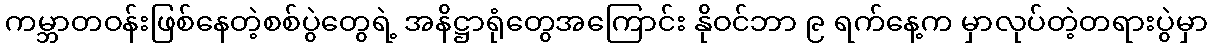
ကမ္ဘာတဝန်းဖြစ်နေတဲ့စစ်ပွဲတွေရဲ့ အနိဋ္ဌာရုံတွေအကြောင်း နိုဝင်ဘာ ၉ ရက်နေ့က မှာလုပ်တဲ့တရားပွဲမှာ